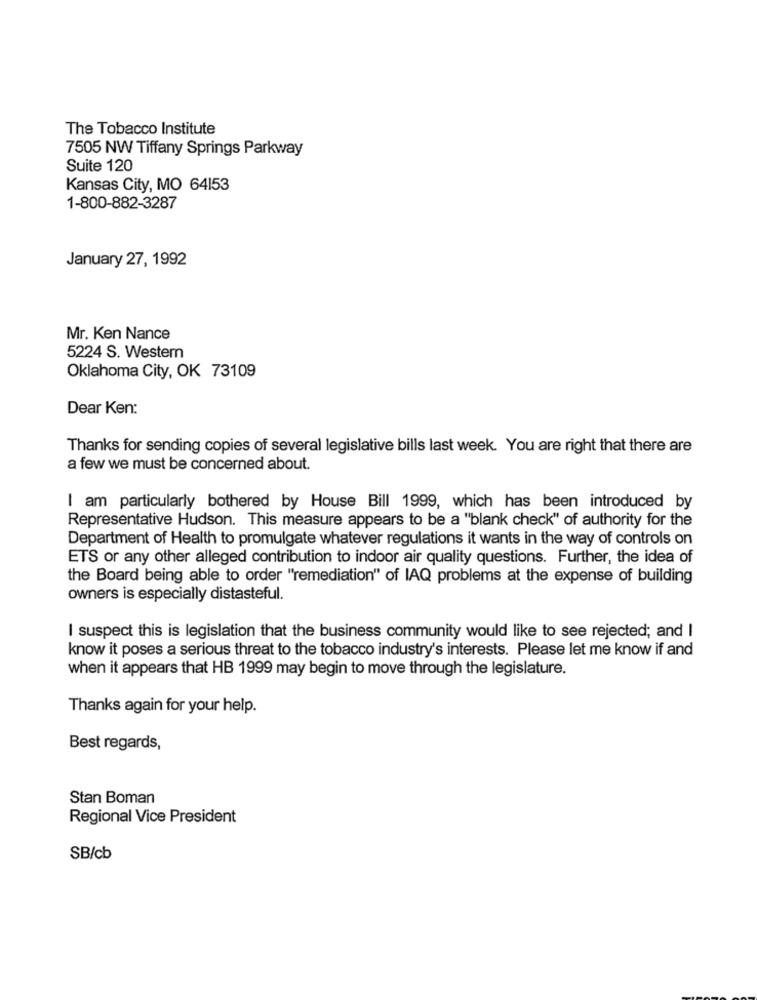
The Tobacco Institute
7505 NW Tiffany Springs Parkway
Suite 120
Kansas City, MO 64153
1-800-882-3287
January 27, 1992
Mr. Ken Nance
5224 S. Western
Oklahoma City, OK 73109
Dear Ken:
Thanks for sending copies of several legislative bills last week. You are right that there are
a few we must be concerned about.
I am particularly bothered by House Bill 1999, which has been introduced by
Representative Hudson. This measure appears to be a "blank check" of authority for the
Department of Health to promulgate whatever regulations it wants in the way of controls on
ETS or any other alleged contribution to indoor air quality questions. Further, the idea of
the Board being able to order "remediation" of IAQ problems at the expense of building
owners is especially distasteful.
I suspect this is legislation that the business community would like to see rejected; and I
know it poses a serious threat to the tobacco industry's interests. Please let me know if and
when it appears that HB 1999 may begin to move through the legislature.
Thanks again for your help.
Best regards,
Stan Boman
Regional Vice President
SB/cb